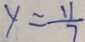
y = \frac { 1 1 } { 7 }